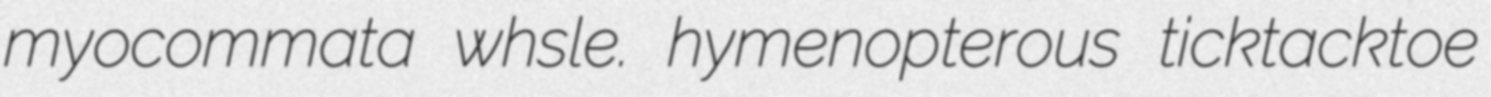
myocommata whsle. hymenopterous ticktacktoe